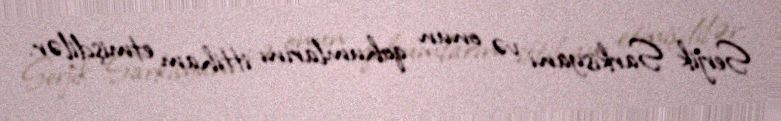
Serjik Sarkisyanı və onun qohumlarını ittiham etmişdilər.